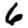
Digit: 6